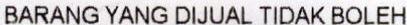
BARANG YANG DIJUAL TIDAK BOLEH